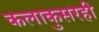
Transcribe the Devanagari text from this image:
कलाकुसरही